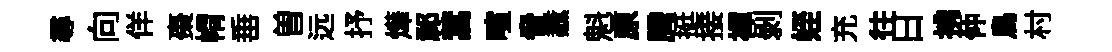
尋向佯棗㡌𡸁曽远抒燁祁蒿喧脅纛魁原腾挺接襌剝姪充往日拂仲鳥村